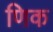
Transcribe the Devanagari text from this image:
णिक